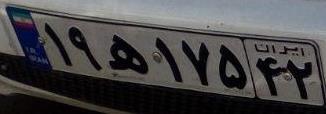
۱۹ه۱۷۵۴۲